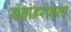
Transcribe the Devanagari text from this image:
संज्ञांबरोबरच